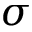
\sigma